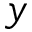
y